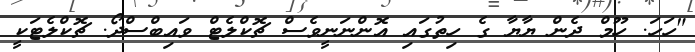
"ހަހަ. ހޫމް ދެން ޔާޔާ ގެ ހިތުގައި އޮންނަނީވެސް ޗޮކްލެޓް ވައިބްސްދޯ. ޗޮކްލެޓަކީ